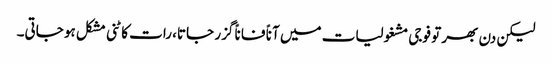
لیکن دن بھر تو فوجی مشغولیات میں آناً فاناً گزر جاتا، رات کاٹنی مشکل ہو جاتی۔